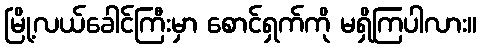
မြို့လယ်ခေါင်ကြီးမှာ စောင်ရှက်ကို မရှိကြပါလား။